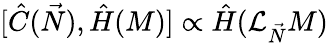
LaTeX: [{\hat{C}}({\vec{N}}),{\hat{H}}(M)]\propto{\hat{H}}({\mathcal{L}}_{\vec{N}}M)